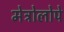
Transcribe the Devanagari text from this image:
मेट्रोलोपे